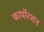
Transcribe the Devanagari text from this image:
कार्पोरशन